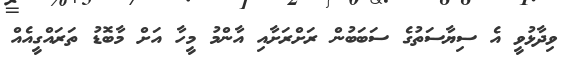
ވިދާޅުވީ އެ ސިޔާސަތުގެ ސަބަބުން ރަށްރަށާއި އާންމު މީހާ އަށް މާބޮޑު ތަރައްގީއެއް